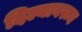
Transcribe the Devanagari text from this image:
दिल्यावरून